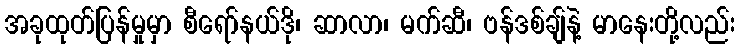
အခုထုတ်ပြန်မှုမှာ စီရော်နယ်ဒို၊ ဆာလာ၊ မက်ဆီ၊ ဗန်ဒစ်ချ်နဲ့ မာနေးတို့လည်း